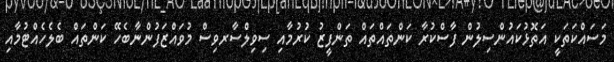
މަސައްކަތަކީ އަތޮޅުކައުންސިލުން ފާސްކުރާ ކަންތައްތައް ތަންފީޒު ކުރުމާއި ސިވިލްސާރވިސް މުވައްޒަފުންނާބެހޭ ކަންތައް ބެލެހެއްޓުމާއި